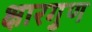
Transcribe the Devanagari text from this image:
क्षारगुण